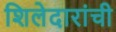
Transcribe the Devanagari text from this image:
शिलेदारांची